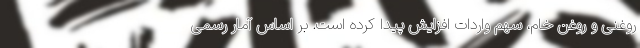
روغنی و روغن خام، سهم واردات افزایش پیدا کرده است. بر اساس آمار رسمی